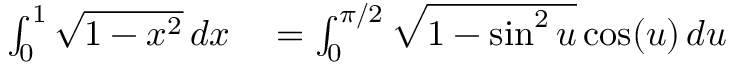
\begin{array} { r l } { \int _ { 0 } ^ { 1 } { \sqrt { 1 - x ^ { 2 } } } \, d x } & { { } = \int _ { 0 } ^ { \pi / 2 } { \sqrt { 1 - \sin ^ { 2 } u } } \cos ( u ) \, d u } \end{array}